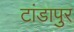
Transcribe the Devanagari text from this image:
टांडापुर